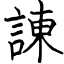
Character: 諌